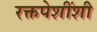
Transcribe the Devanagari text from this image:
रक्तपेशींशी